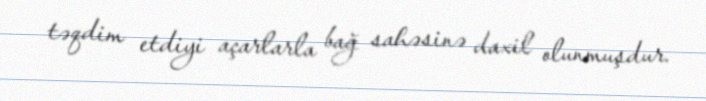
təqdim etdiyi açarlarla bağ sahəsinə daxil olunmuşdur.